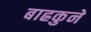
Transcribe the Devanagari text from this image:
बाह्रकुने